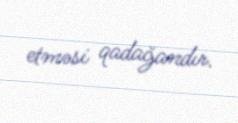
etməsi qadağandır.